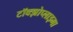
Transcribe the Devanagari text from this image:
टॉक्झोप्लाझ्मा